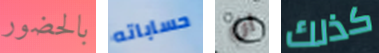
بالحضور حساباته ان كذلك